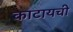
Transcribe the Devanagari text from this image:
काटायची